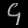
Digit: ၄